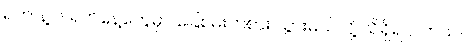
ရက် နဲ့ ၆ ရက်နေ့တွေမှာ ခြေစမ်းကစား သွားမယ်လို့ သိရှိရ ပါတယ်။